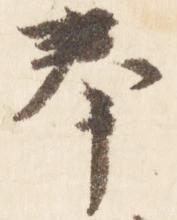
奉